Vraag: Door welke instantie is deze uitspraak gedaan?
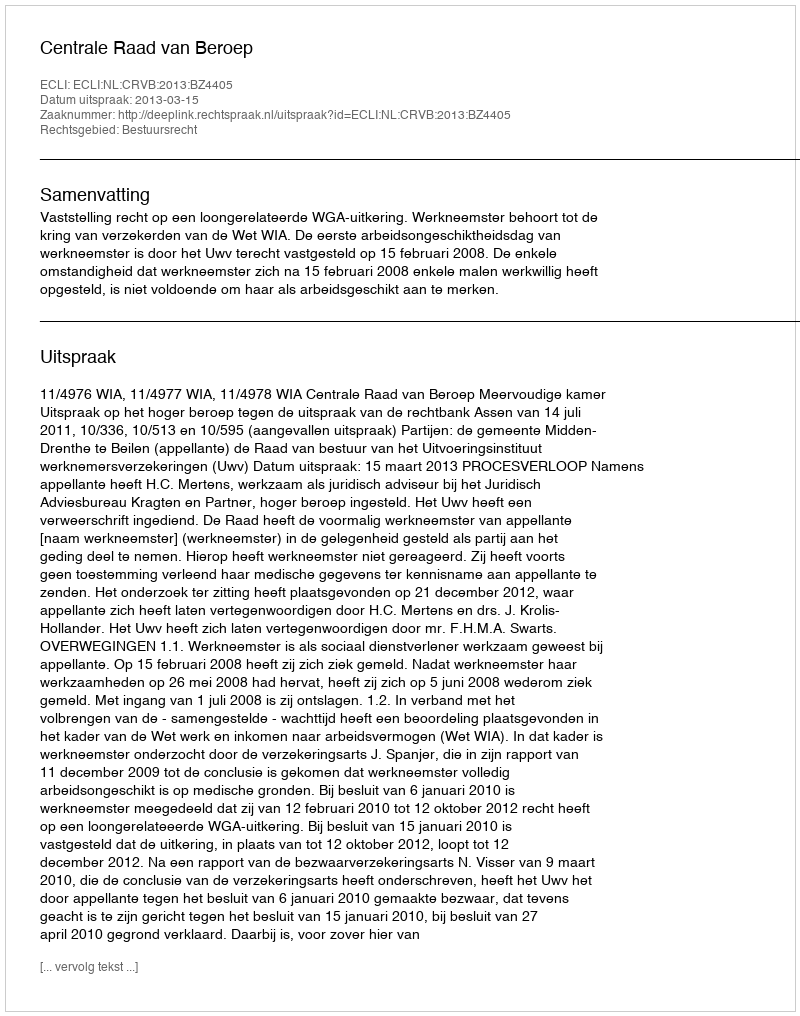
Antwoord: Centrale Raad van Beroep